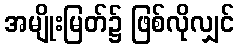
အမျိုးမြတ်၌ ဖြစ်လိုလျှင်